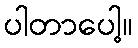
ပါတာပေါ့။